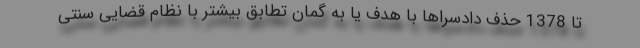
تا 1378 حذف دادسراها با هدف یا به گمان تطابق بیشتر با نظام قضایی سنتی